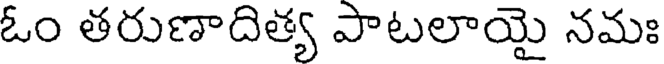
ఓం తరుణాదిత్య పాటలాయై నమః